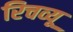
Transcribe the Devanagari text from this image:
रिचव्यू